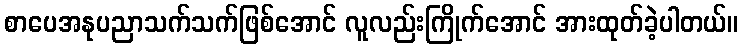
စာပေအနုပညာသက်သက်ဖြစ်အောင် လူလည်းကြိုက်အောင် အားထုတ်ခဲ့ပါတယ်။